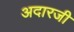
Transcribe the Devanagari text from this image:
अदारजी